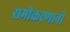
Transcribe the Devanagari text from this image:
समीकरणानी